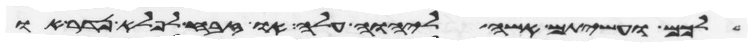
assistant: לכם ועשיתם אשה ליהוה עלה או זבח לפלא נדר או